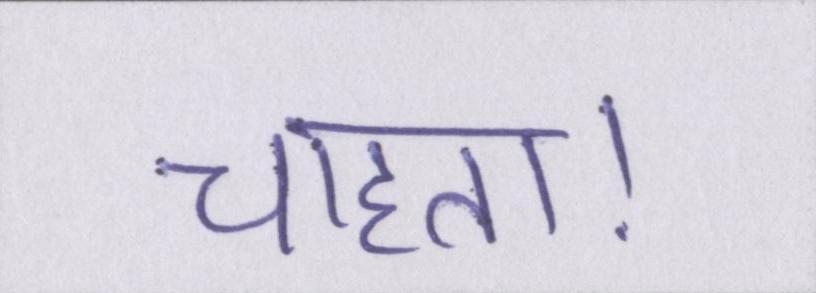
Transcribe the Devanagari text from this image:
चाहता।